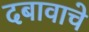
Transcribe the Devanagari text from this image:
दबावाचे